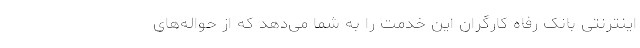
اینترنتی بانک رفاه کارگران این خدمت را به شما می‌دهد که از حواله‌های